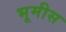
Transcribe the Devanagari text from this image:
भूमीस